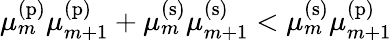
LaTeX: \mu_{m}^{\mathrm{(p)}}\mu_{m+1}^{\mathrm{(p)}}+\mu_{m}^{\mathrm{(s)}}\mu_{m+1}^{\mathrm{(s)}}<\mu_{m}^{\mathrm{(s)}}\mu_{m+1}^{\mathrm{(p)}}